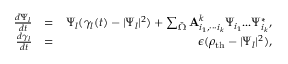
\begin{array} { r l r } { \frac { d \Psi _ { l } } { d t } } & { = } & { \Psi _ { l } ( \gamma _ { l } ( t ) - | \Psi _ { l } | ^ { 2 } ) + \sum _ { \bar { \Omega } } { \bf A } _ { i _ { 1 } , { \tiny { \cdot \cdot \cdot } } i _ { k } } ^ { k } \Psi _ { i _ { 1 } } { \tiny { . . . } } \Psi _ { i _ { k } } ^ { * } , } \\ { \frac { d \gamma _ { l } } { d t } } & { = } & { \epsilon ( \rho _ { \mathrm { t h } } - | \Psi _ { l } | ^ { 2 } ) , } \end{array}